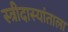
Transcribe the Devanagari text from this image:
स्त्रीदास्यांताला